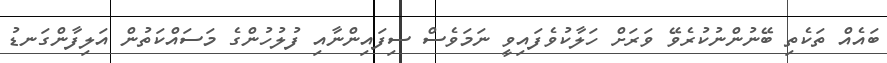
ބައެއް ތަކެތި ބޭނުންނުކުރެވޭ ވަރަށް ހަލާކުވެފައިވީ ނަމަވެސް ސިފައިންނާއި ފުލުހުންގެ މަސައްކަތުން އަލިފާންގަނޑު